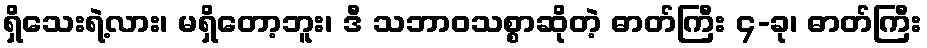
ရှိသေးရဲ့လား၊ မရှိတော့ဘူး၊ ဒီ သဘာဝသစ္စာဆိုတဲ့ ဓာတ်ကြီး ၄-ခု၊ ဓာတ်ကြီး